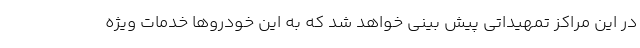
در این مراکز تمهیداتی پیش بینی خواهد شد که به این خودروها خدمات ویژه